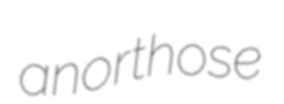
anorthose